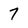
Character: 7